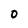
Character: 0